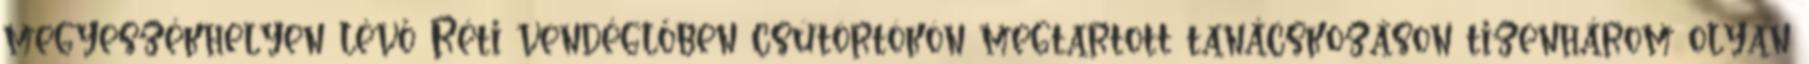
megyeszékhelyen lévő Réti vendéglőben csütörtökön megtartott tanácskozáson tizenhárom olyan